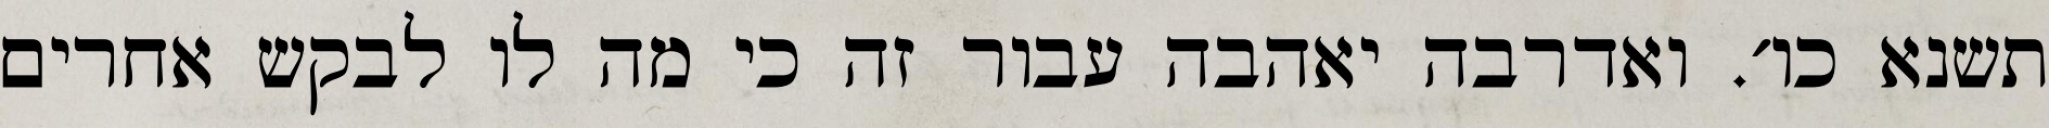
תשנא כו׳. ואדרבה יאהבה עבור זה כי מה לו לבקש אחרים